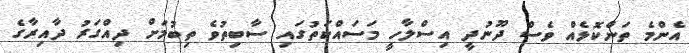
އެންމެ ތަންކޮޅެއް ވެސް ދޫނުދީ އިސްލާހީ މަސައްކަތުގައި ސާބިތުވެ ތިބުމަށް ދިއްގަރު ދާއިރާގެ